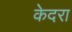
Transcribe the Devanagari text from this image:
केदरा